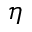
\eta